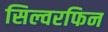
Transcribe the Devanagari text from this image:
सिल्वरफिन